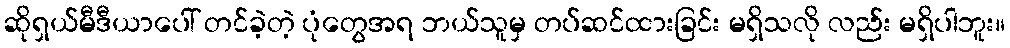
ဆိုရှယ်မီဒီယာပေါ် တင်ခဲ့တဲ့ ပုံတွေအရ ဘယ်သူမှ တပ်ဆင်ထားခြင်း မရှိသလို လည်း မရှိပါဘူး။